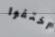
اختفوا